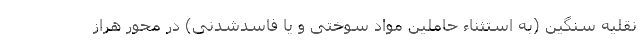
نقلیه سنگین (به استثناء حاملین مواد سوختی و یا فاسدشدنی) در محور هراز